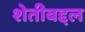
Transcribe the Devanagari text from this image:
शेतीबद्दल